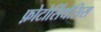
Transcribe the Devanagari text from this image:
फ़ोटोसिंथेसिस